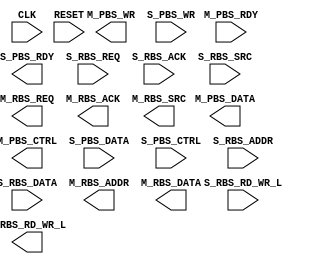

/*******************************************************************************
 *
 *  NetFPGA-10G http://www.netfpga.org
 *
 *  File:
 *        nf1g_template.v
 *
 *  Library:
 *        hw/contrib/pcores/nf1g_template_v1_00_a
 *
 *  Module:
 *        nf1g_template
 *
 *  Author:
 *        e.g. Muhammad Shahbaz
 *
 *  Description:
 *        NetFPGA-1G template for 1G to 10G port
 *
 *  Copyright notice:
 *        Copyright (C) 2010, 2011 The Board of Trustees of The Leland Stanford
 *                                 Junior University
 *
 *  Licence:
 *        This file is part of the NetFPGA 10G development base package.
 *
 *        This file is free code: you can redistribute it and/or modify it under
 *        the terms of the GNU Lesser General Public License version 2.1 as
 *        published by the Free Software Foundation.
 *
 *        This package is distributed in the hope that it will be useful, but
 *        WITHOUT ANY WARRANTY; without even the implied warranty of
 *        MERCHANTABILITY or FITNESS FOR A PARTICULAR PURPOSE.  See the GNU
 *        Lesser General Public License for more details.
 *
 *        You should have received a copy of the GNU Lesser General Public
 *        License along with the NetFPGA source package.  If not, see
 *        http://www.gnu.org/licenses/.
 *
 */

`timescale 1ns/1ps
module nf1g_template
#(
    parameter C_S_PBS_DATA_WIDTH = 64,
    parameter C_M_PBS_DATA_WIDTH = 64,
    parameter C_RBS_ADDR_WIDTH = 32,
    parameter C_RBS_DATA_WIDTH = 32,
    parameter C_RBS_SRC_WIDTH = 2
)
(
   // Clock and Reset signals
   input                                    CLK,
   input                                    RESET,   
   
   // 1G Packet side signals
   output     [C_M_PBS_DATA_WIDTH-1:0]      M_PBS_DATA,
   output     [C_M_PBS_DATA_WIDTH/8-1:0]    M_PBS_CTRL,
   output				    M_PBS_WR,	
   input				    M_PBS_RDY,
   
   input      [C_S_PBS_DATA_WIDTH-1:0]      S_PBS_DATA,
   input      [C_S_PBS_DATA_WIDTH/8-1:0]    S_PBS_CTRL,
   input                                    S_PBS_WR,
   output                                   S_PBS_RDY,

   // 1G Register side signals
   input                                    S_RBS_REQ,
   input                                    S_RBS_ACK,
   input                                    S_RBS_RD_WR_L,
   input [(C_RBS_ADDR_WIDTH-2)-1:0]         S_RBS_ADDR,
   input [C_RBS_DATA_WIDTH-1:0]             S_RBS_DATA,
   input [C_RBS_SRC_WIDTH-1:0]              S_RBS_SRC,

   output                                   M_RBS_REQ,
   output                                   M_RBS_ACK,
   output                                   M_RBS_RD_WR_L,
   output [(C_RBS_ADDR_WIDTH-2)-1:0]        M_RBS_ADDR,
   output [C_RBS_DATA_WIDTH-1:0]            M_RBS_DATA,
   output [C_RBS_SRC_WIDTH-1:0]             M_RBS_SRC
);

// User logic

endmodule